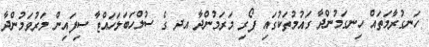
ހަނގުރާމަތައް ހިނގަމުންދާ ގައުމުތަކުގައި ފޯރި މަރަމުންދާ އދ ގެ ސުލްހަބަލަހައްޓާ ސިފައިން މަރުވަމުންދާ